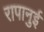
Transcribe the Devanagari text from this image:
रापानुई